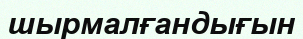
шырмалғандығын